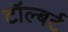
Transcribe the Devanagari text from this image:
टॉल्बर्ट